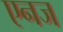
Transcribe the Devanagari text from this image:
एनज